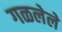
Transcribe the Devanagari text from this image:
गळलेले